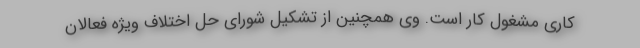
کاری مشغول کار است. وی همچنین از تشکیل شورای حل اختلاف ویژه فعالان